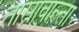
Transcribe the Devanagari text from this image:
तासावाल्ता